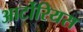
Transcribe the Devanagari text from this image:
आर्टोरियस